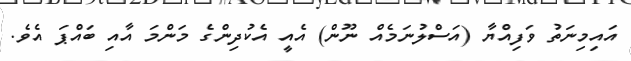
އައިމިނަތު ވަފިއްޔާ (އަސްލުނަމެއް ނޫން) އެއީ އެކުދިންގެ މަންމަ އާއި ބައްޕަ އެވެ.